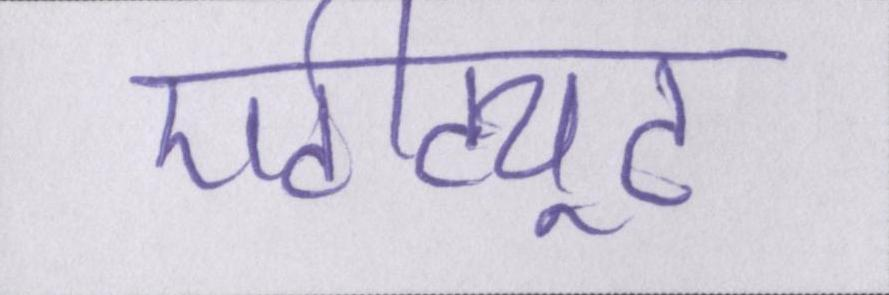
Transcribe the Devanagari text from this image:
एटीट्यूट